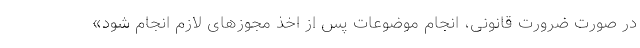
در صورت ضرورت قانونی، انجام موضوعات پس از اخذ مجوزهای لازم انجام شود»